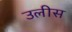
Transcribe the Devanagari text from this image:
उलीस